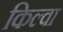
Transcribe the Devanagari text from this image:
किल्वा